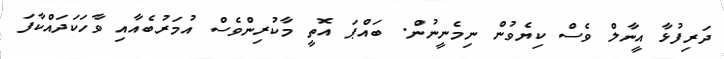
ދަރިފުޅާ އީނާލް ވެސް ކިޔެވުން ނިމެނީނުން. ބައްޕަ އޮތީ މާކުރިންވެސް އުމަރުބެއާއި ވާހަކަދައްކާފަ